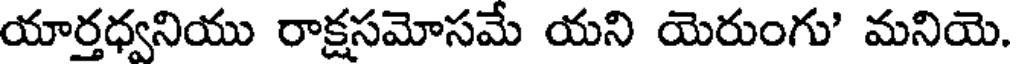
యార్తధ్వనియు రాక్షసమోసమే యని యెరుంగు' మనియె.